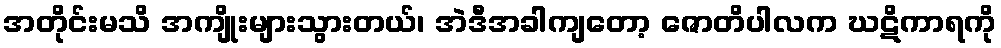
အတိုင်းမသိ အကျိုးများသွားတယ်၊ အဲဒီအခါကျတော့ ဇောတိပါလက ဃဋိကာရကို